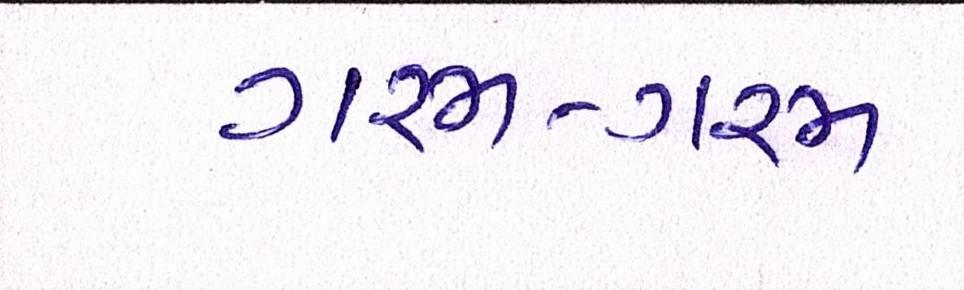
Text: ગરમ-ગરમ